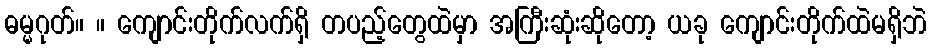
ဓမ္မဂုတ်။ ။ ကျောင်းတိုက်လက်ရှိ တပည့်တွေထဲမှာ အကြီးဆုံးဆိုတော့ ယခု ကျောင်းတိုက်ထဲမရှိဘဲ